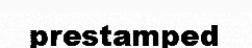
prestamped